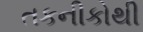
તકનીકોથી